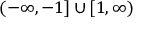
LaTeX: ( - \infty , - 1 ] \cup [ 1 , \infty )